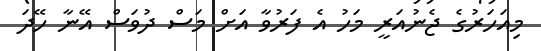
މިއަހަރުގެ ޖެނުއަރީ މަހު އެ ފަރުވާ އަށް މަސް ދުވަސް އޭނާ ހޭދަ